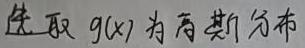
先取 $g(x)$ 为高斯分布